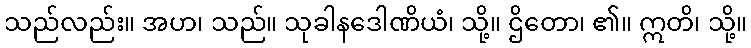
သည်လည်း။ အဟ၊ သည်။ သုခါနဒေါဏိယံ၊ သို့။ ဌိတော၊ ၏။ ဣတိ၊ သို့။